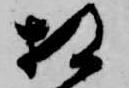
相